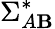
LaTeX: \Sigma_{A\mathbf{B}}^{*}